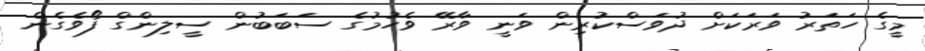
މީގެ ހަތަރު ވަރަކަށް ދުވަސްކުރިން ވަނީ ވާރޭ ވެހުމުގެ ސަބަބުން ސީލިންގް ފޯވެގެން